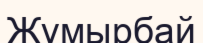
Жүмырбай